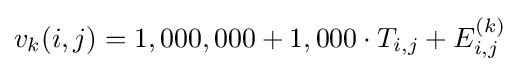
v_{k}(i,j)=1,000,000+1,000\cdot T_{i,j}+E_{i,j}^{(k)}